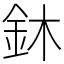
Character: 鈢